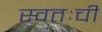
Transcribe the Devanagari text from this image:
स्वतःची